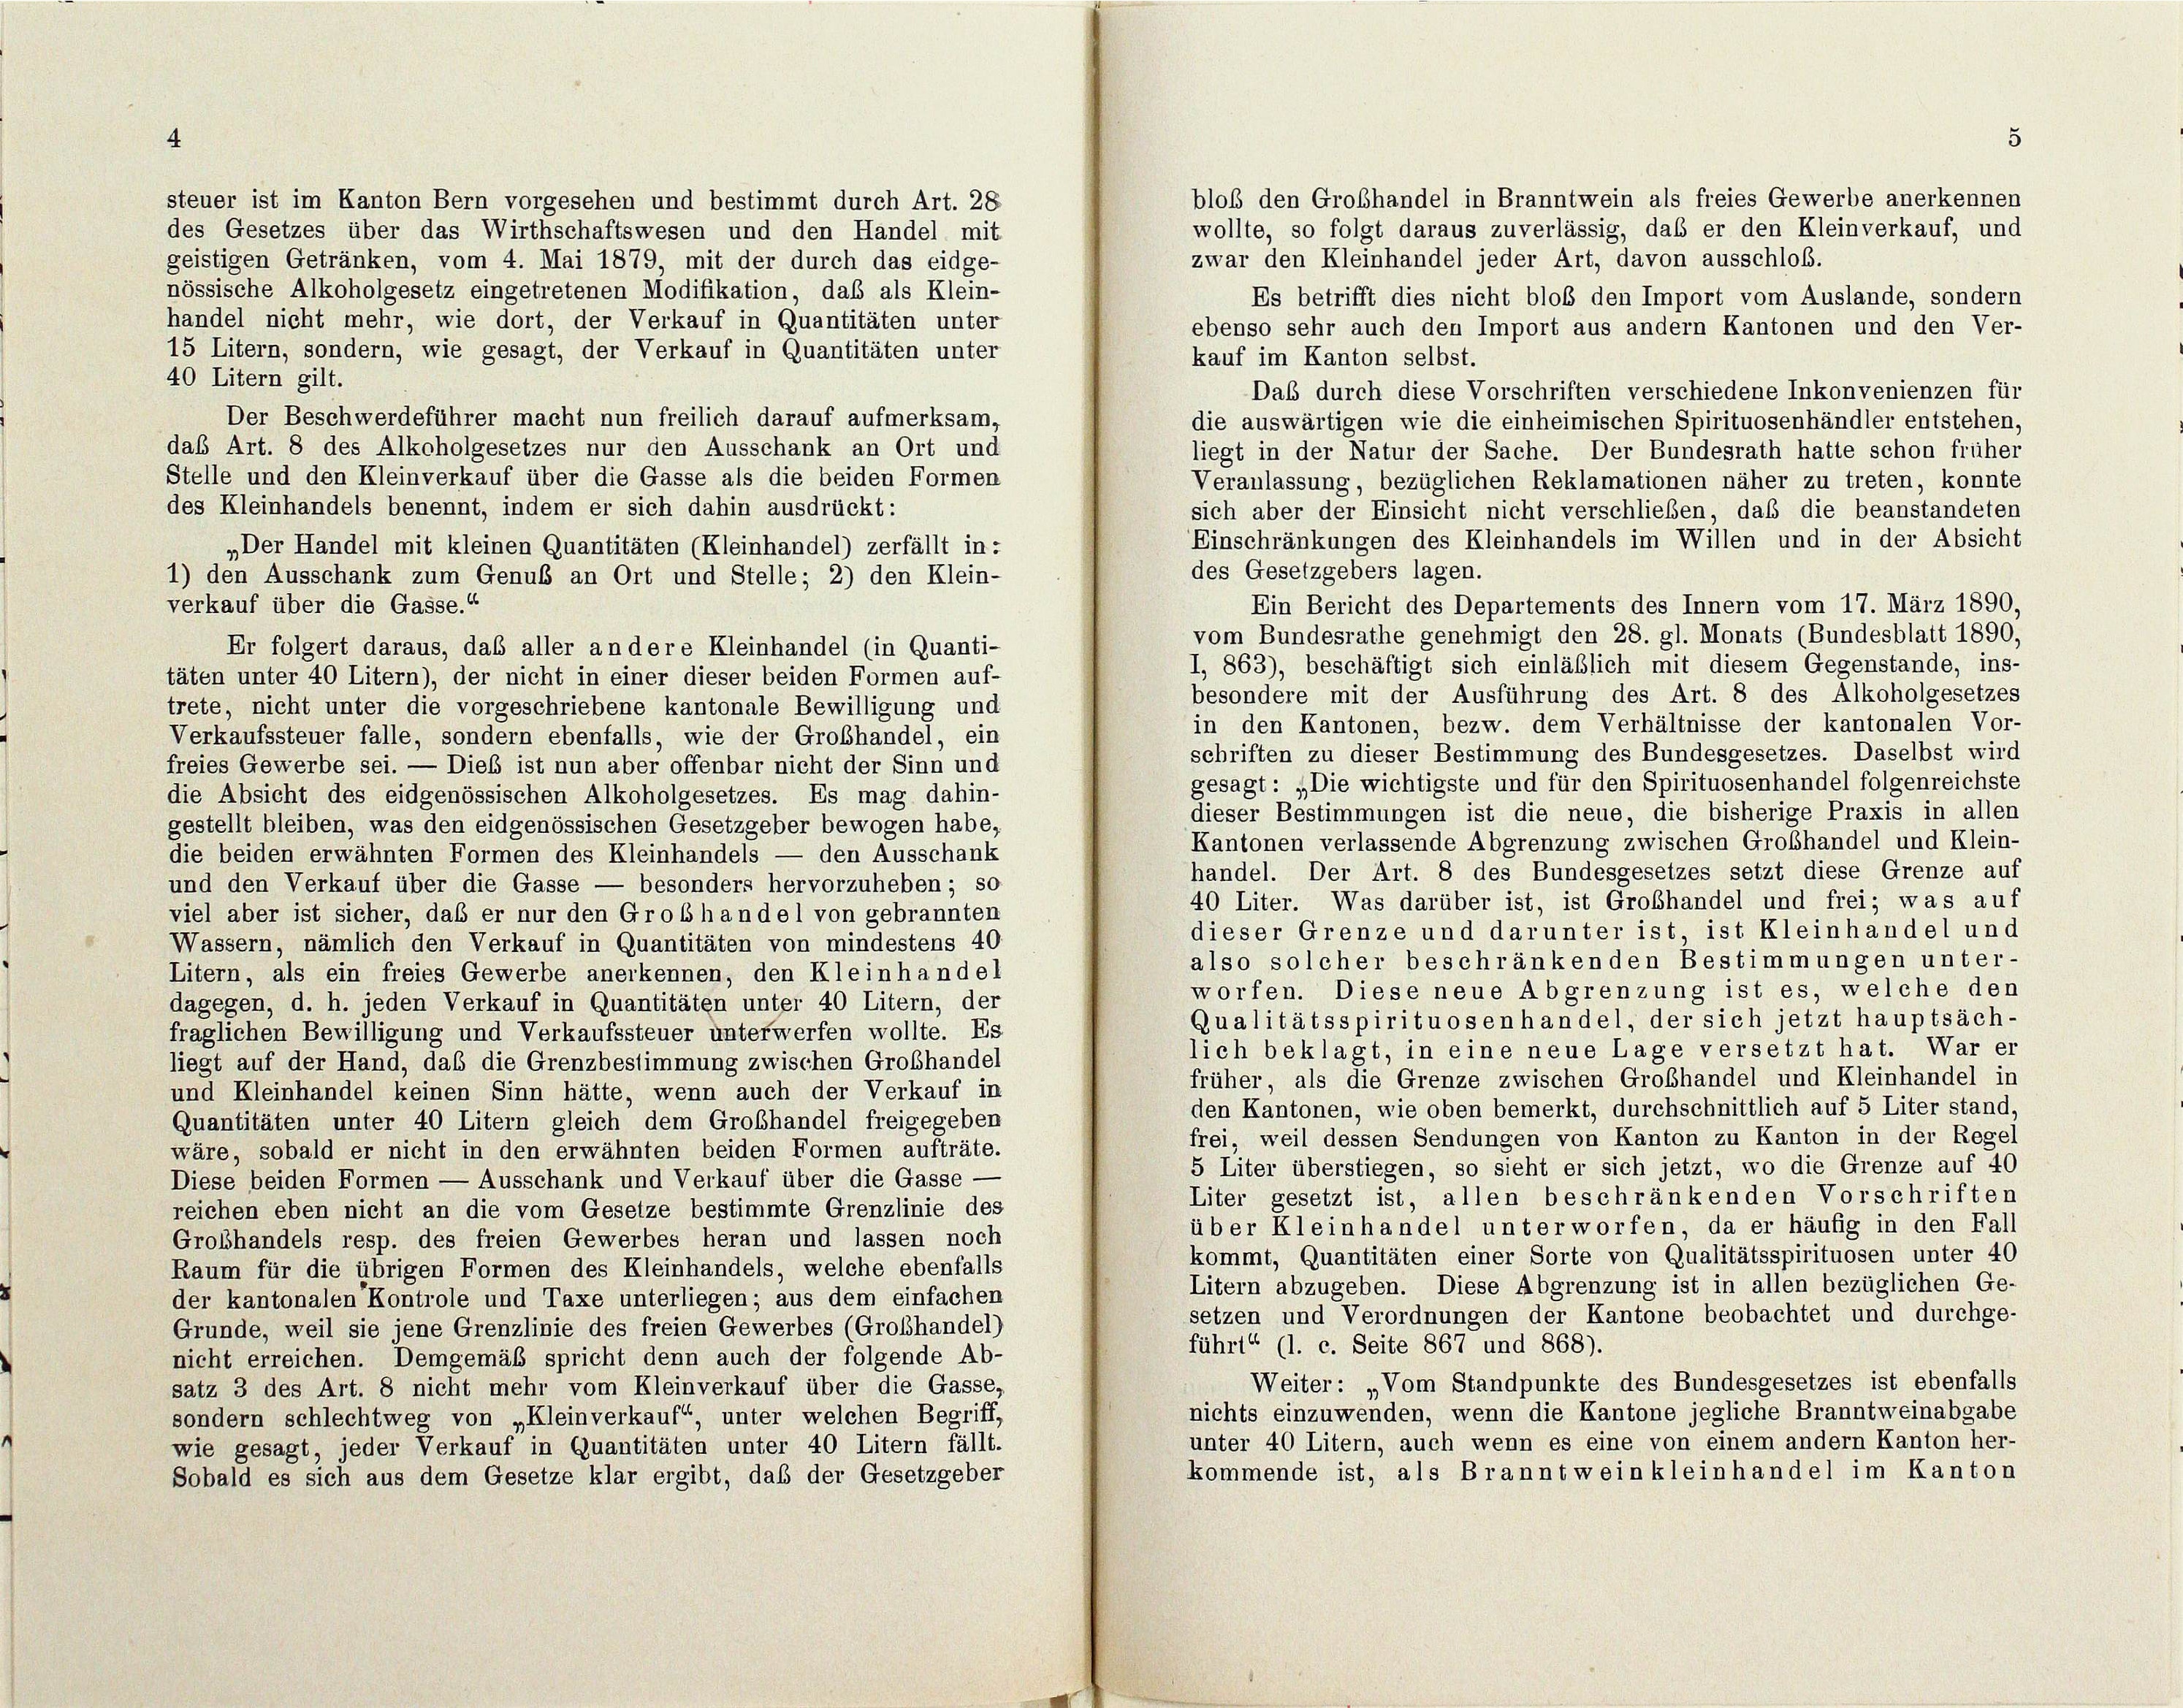
4

5

blob den Grobhandel in Branntwein als freies Gewerbe anerkennen
steuer ist im Kanton Bern vorgesehen und bestimmt durch Art. 28
wollte, so folgt daraus zuverlässig, daß er den Kleinverkauf, und
des Gesetzes über das Wirthschaftswesen und den Handel mit
zwar den Kleinhandel jeder Art, davon ausschloß.
geistigen Getränken, vom 4. Mai 1879, mit der durch das eidge-
nössische Alkoholgesetz eingetretenen Modifikation, daß als Klein-
Es betrifft dies nicht bloß den Import vom Auslande, sondern
handel nicht mehr, wie dort, der Verkauf in Quantitäten unter
ebenso sehr auch den Import aus andern Kantonen und den Ver-
15 Litern, sondern, wie gesagt, der Verkauf in Quantitäten unter
kauf im Kanton selbst.
40 Litern gilt.
Das durch diese Vorschriften verschiedene Inkonvenienzen für
Der Beschwerdeführer macht nun freilich darauf aufmerksam,
die auswärtigen wie die einheimischen Spirituosenhändler entstehen,
das Art. 8 des Alkoholgesetzes nur den Ausschank an Ort und
liegt in der Natur der Sache. Der Bundesrath hatte schon früher
Stelle und den Kleinverkauf über die Gasse als die beiden Formen
Veranlassung, bezüglichen Reklamationen näher zu treten, konnte
des Kleinhandels benennt, indem er sich dahin ausdrückt:
sich aber der Einsicht nicht verschließen, daß die beanstandeten
Einschränkungen des Kleinhandels im Willen und in der Absicht
„Der Handel mit kleinen Quantitäten (Kleinhandel) zerfällt in :
des Gesetzgebers lagen.
1) den Ausschank zum Genuß an Ort und Stelle; 2) den Klein-
verkauf über die Gasse.“
Ein Bericht des Departements des Innern vom 17. März 1890,
vom Bundesrathe genehmigt den 28. gl. Monats (Bundesblatt 1890,
Er folgert daraus, daß aller an dere Kleinhandel (in Quanti-
I, 863), beschäftigt sich einläßlich mit diesem Gegenstände, ins-
täten unter 40 Litern), der nicht in einer dieser beiden Formen auf-
besondere mit der Ausführung des Art. 8 des Alkoholgesetzes
trete, nicht unter die vorgeschriebene kantonale Bewilligung und
in den Kantonen, bezw. dem Verhältnisse der kantonalen Vor-
Verkaufssteuer falle, sondern ebenfalls, wie der Großhandel, ein
schriften zu dieser Bestimmung des Bundesgesetzes. Daselbst wird
freies Gewerbe sei. — Dies ist nun aber offenbar nicht der Sinn und
gesagt: „Die wichtigste und für den Spirituosenhandel folgenreichste
die Absicht des eidgenössischen Alkoholgesetzes. Es mag dahin-
dieser Bestimmungen ist die neue, die bisherige Praxis in allen
gestellt bleiben, was den eidgenössischen Gesetzgeber bewogen habe,
Kantonen verlassende Abgrenzung zwischen Grobhandel und Klein-
die beiden erwähnten Formen des Kleinhandels — den Ausschank
handel. Der Art. 8 des Bundesgesetzes setzt diese Grenze auf
und den Verkauf über die Gasse — besonders hervorzuheben; so
40 Liter. Was darüber ist, ist Großhandel und frei; was auf
viel aber ist sicher, daß er nur den Grobhandel von gebrannten
dieser Grenze und darunter ist ist Kleinhandel und
Wassern, nämlich den Verkauf in Quantitäten von mindestens 40
also solcher beschränkenden Bestimmungen unter-
Litern, als ein freies Gewerbe anerkennen, den Kleinhandel
worfen. Diese neue Abgrenzung ist es, welche den
dagegen, d. h. jeden Verkauf in Quantitäten unter 40 Litern, der
Qualitätsspirituosenhandel, der sich jetzt hauptsäch-
fraglichen Bewilligung und Verkaufssteuer unterwerfen wollte. Es
lich beklagt, in eine neue Lage versetzt hat. War er
liegt auf der Hand, daß die Grenzbestimmung zwischen Großhandel
früher, als die Grenze zwischen Grobhandel und Kleinhandel in
und Kleinhandel keinen Sinn hätte, wenn auch der Verkauf in
den Kantonen, wie oben bemerkt, durchschnittlich auf 5 Liter stand,
Quantitäten unter 40 Litern gleich dem Grobhandel freigegeben
frei, weil dessen Sendungen von Kanton zu Kanton in der Regel
wäre, sobald er nicht in den erwähnten beiden Formen aufträte.
5 Liter überstiegen, so sieht er sich jetzt, wo die Grenze auf 40
Diese beiden Formen — Ausschank und Verkauf über die Gasse -
Liter gesetzt ist, allen beschränkenden Vorschriften
reichen eben nicht an die vom Gesetze bestimmte Grenzlinie des
über Kleinhandel unterworfen, da er häufig in den Fall
Grobhandels resp. des freien Gewerbes heran und lassen noch
kommt, Quantitäten einer Sorte von Qualitätsspirituosen unter 40
Raum für die übrigen Formen des Kleinhandels, welche ebenfalls
Litern abzugeben. Diese Abgrenzung ist in allen bezüglichen Ge-
der kantonalen Kontrole und Taxe unterliegen; aus dem einfachen
setzen und Verordnungen der Kantone beobachtet und durchge-
Grunde, weil sie jene Grenzlinie des freien Gewerbes (Grobhandel)
führt“ (1. c. Seite 867 und 868).
nicht erreichen. Demgemäß spricht denn auch der folgende Ab-
Weiter: Vom Standpunkte des Bundesgesetzes ist ebenfalls
satz 3 des Art. 8 nicht mehr vom Kleinverkauf über die Gasse,
nichts einzuwenden, wenn die Kantone jegliche Branntweinabgabe
sondern schlechtweg von „Kleinverkauf“ unter welchen Begriff,
unter 40 Litern, auch wenn es eine von einem andern Kanton her-
wie gesagt, jeder Verkauf in Quantitäten unter 40 Litern fällt.
kommende ist, als Branntwein kleinhandel im Kanton
Sobald es sich aus dem Gesetze klar ergibt, daß der Gesetzgeber